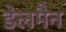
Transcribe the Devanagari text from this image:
डेलमैन